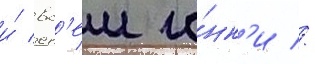
и́ вс'еи го́нк'и //